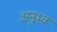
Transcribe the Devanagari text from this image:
अनुभ्व